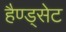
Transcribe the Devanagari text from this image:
हैण्ड्सेट